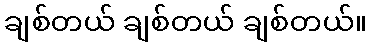
ချစ်တယ် ချစ်တယ် ချစ်တယ်။